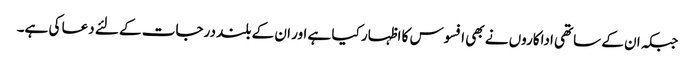
جبکہ ان کے ساتھی اداکاروں نے بھی افسوس کا اظہار کیا ہے اور ان کے بلند درجات کے لئے دعا کی ہے۔